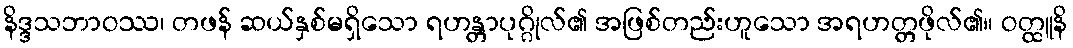
နိဒ္ဒသဘာဝဿ၊ တဖန် ဆယ်နှစ်မရှိသော ရဟန္တာပုဂ္ဂိုလ်၏ အဖြစ်တည်းဟူသော အရဟတ္တဖိုလ်၏။ ဝတ္ထူနိ